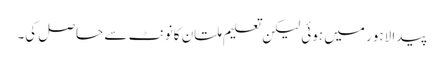
پیدا لاہور میں ہوئی لیکن تعلیم ملتان کانونٹ سے حاصل کی۔